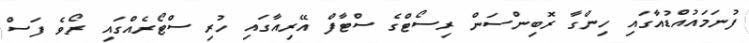
ފުނަމައުއްޑުއާގައި ހިންގާ ރޮބިންސަން ރިސޯޓްގެ ސްޓާފް އޭރިއާގައި ހުރި ސްޓޯރެއްގައި ރޯވެ ފަސް